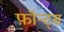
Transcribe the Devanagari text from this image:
फ़ॉन्ट्‍स